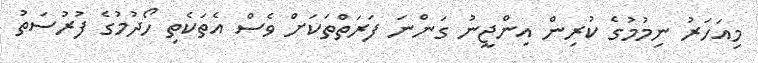
މިއަހަރު ނިމުމުގެ ކުރިން އިންޖީނު ގަންނަ ފަރަތްތަކަށް ވެސް އެތަކެތި ހޯދުމުގެ ފުރުސަތު